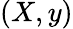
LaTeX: (X,y)